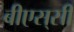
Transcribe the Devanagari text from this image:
बीएस्‌सी